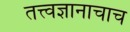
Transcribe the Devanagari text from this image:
तत्त्वज्ञानाचाच